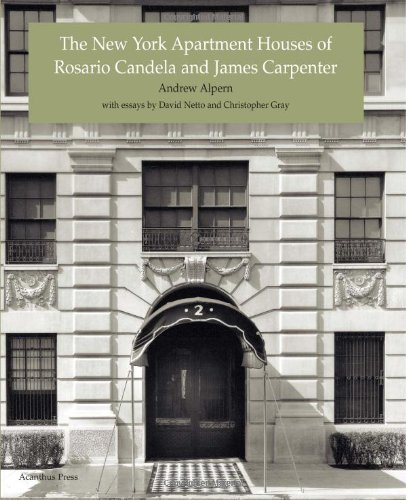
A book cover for The New York Apartment Houses of Rosario Candela and James Carpenter; Andrew Alpern; Reference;